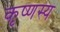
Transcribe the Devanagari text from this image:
कृष्णस्य